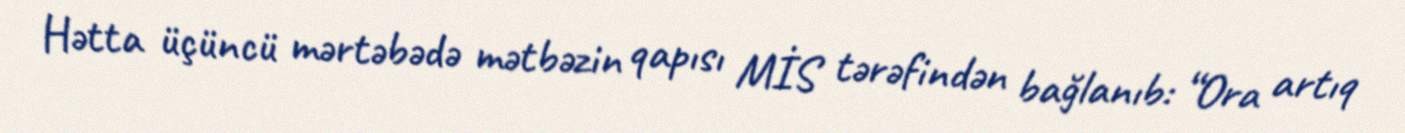
Hətta üçüncü mərtəbədə mətbəzin qapısı MİS tərəfindən bağlanıb: “Ora artıq